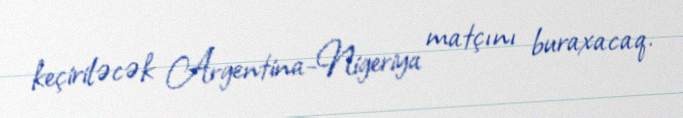
keçiriləcək Argentina-Nigeriya matçını buraxacaq.